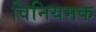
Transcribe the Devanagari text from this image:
विनियमक